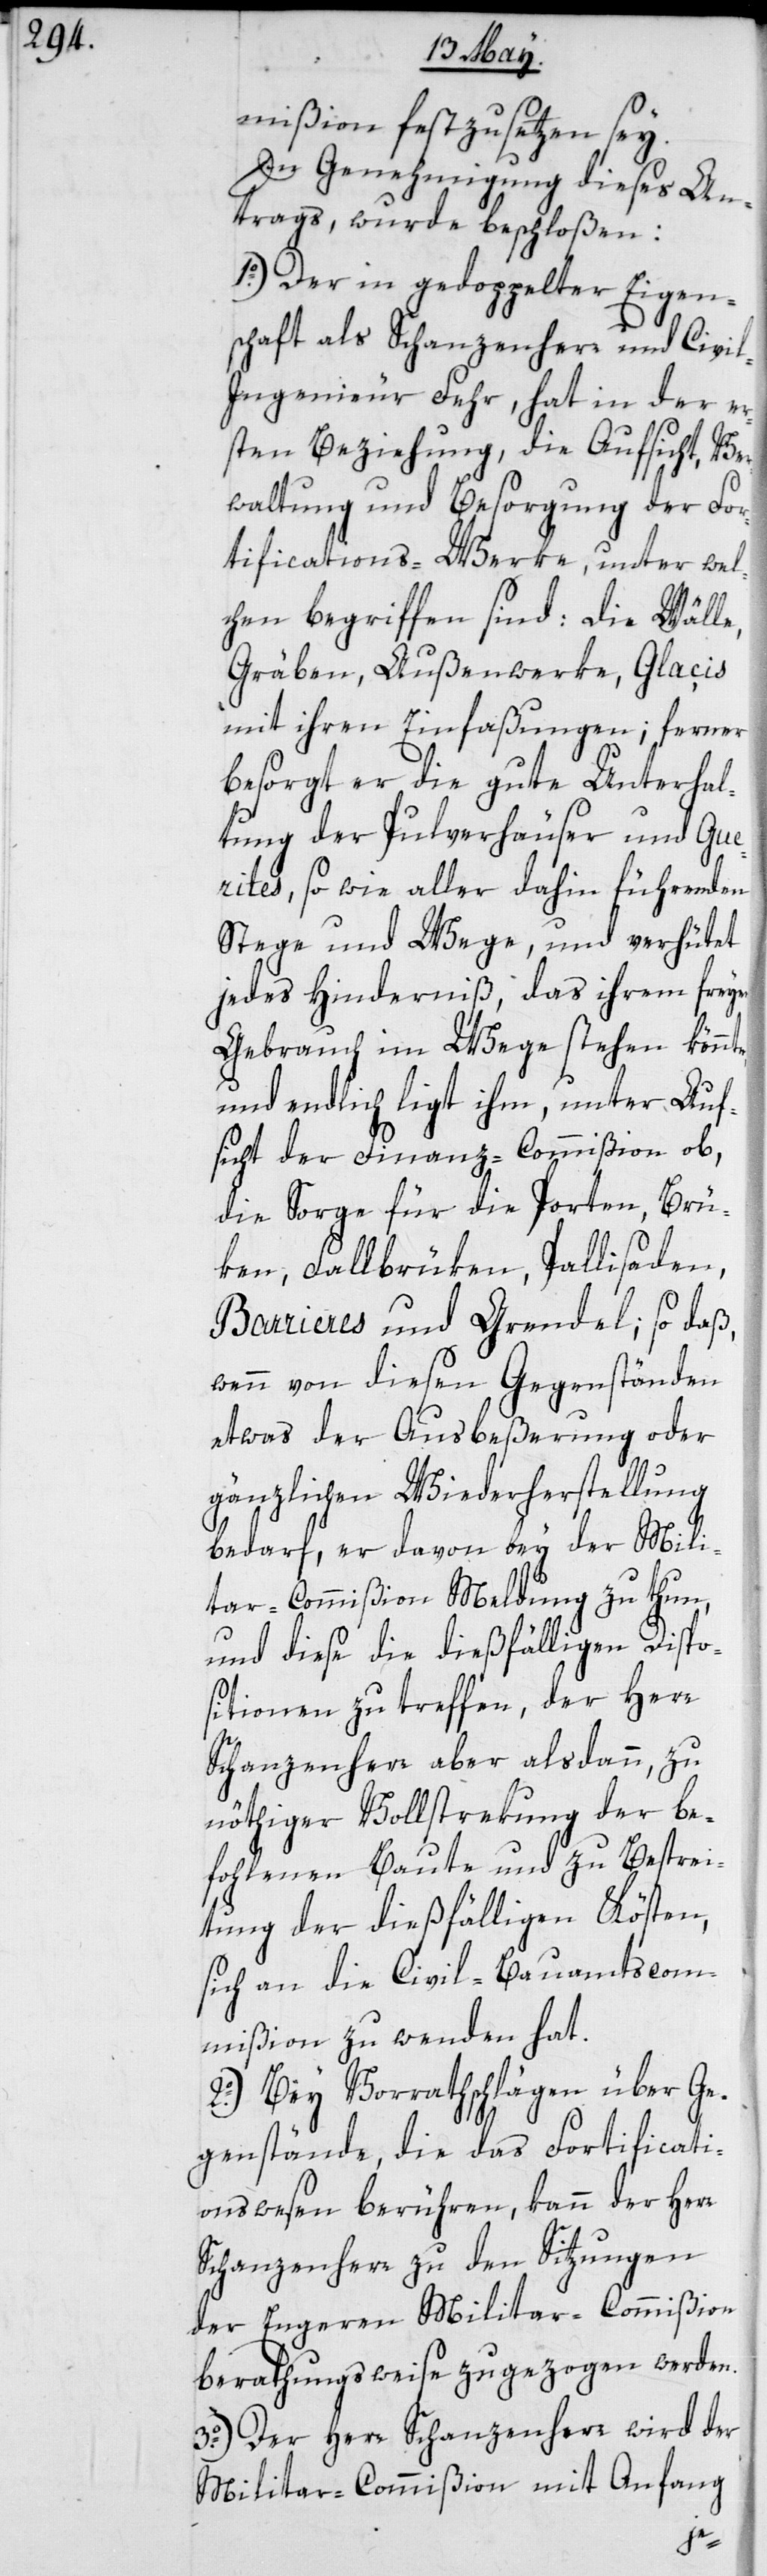
mißion festzusetzen sey.
In Genehmigung dieses An¬
trags, wurde beschloßen:
1o.) Der in gedoppelter Eigen¬
schaft als Schanzenherr und Civil¬
ingenieur Fehr, hat in der er¬
sten Beziehung, die Aufsicht, Ver¬
waltung und Besorgung der For¬
tifications-Werke, unter wel¬
chen begriffen sind: Die Wälle,
Gräben, Außenwerke, Glaçis
mit ihren Einfaßungen; ferner
besorgt er die gute Unterhal¬
tung der Pulverhäuser und Gu¬
erites sowie aller dahin führenden
Stege und Wege, und verhütet
jedes Hinderniß, das ihrem freyen
Gebrauch im Wege stehen könnt¬
und endlich liegt ihm, unter Auf¬
sicht der Finanz-Commißion ob,
die Sorge für die Porten, Brü¬
ken, Fallbrüken, Pallisaden,
Barrieres und Grendel; so daß,
wenn von diesen Gegenständen
etwas der Ausbeßerung oder
gänzlichen Wiederherstellung
bedarf, er davon bey der Mili¬
tar-Commißion Meldung zu thun,
und diese die dießfälligen Dispo¬
sitionen zu treffen, der Herr
Schanzenherr aber alsdann, zu
nöthiger Vollstrekung der be¬
fohlenen Baute und zu Bestrei¬
tung der dießfälligen Kösten,
sich an die Civil-Bauamtscom¬
mißion zu wenden hat.
2o.) Bey Vorrathschlägen über Ge¬
genstände, die das Fortificati¬
onswesen berühren, kann der Herr
Schanzenherr zu den Sitzungen
der engeren Militaircommißion
berathungsweise zugezogen werden.
3o.) Der Herr Schanzenherr wird der
Militar-Commißion mit Anfang
e,